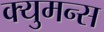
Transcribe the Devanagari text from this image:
क्युमन्स